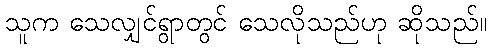
သူက သေလျှင်ရွာတွင် သေလိုသည်ဟု ဆိုသည်။